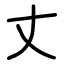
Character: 丈